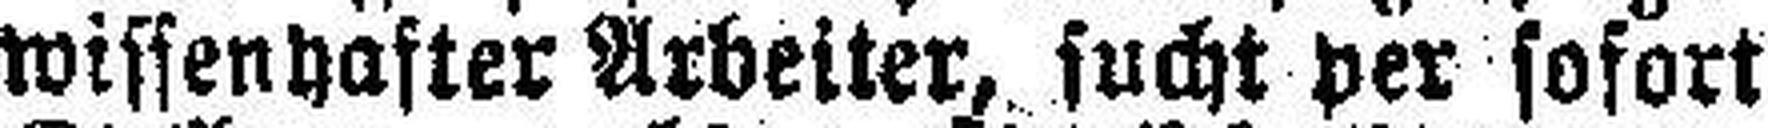
wissenhafter Arbeiter, sucht per sofort